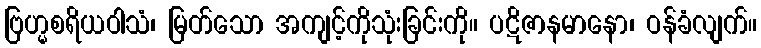
ဗြဟ္မစရိယဝါသံ၊ မြတ်သော အကျင့်ကိုသုံးခြင်းကို။ ပဋိဇာနမာနော၊ ဝန်ခံလျက်။